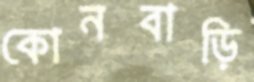
কোনবাড়ি